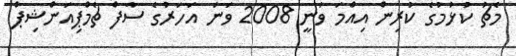
މެޗު ކުޅުމުގެ ކުރިން އިއްމަ ވަނީ 2008 ވަނަ އަހަރުގެ ސާފް ޗެމްޕިއަންޝިޕް